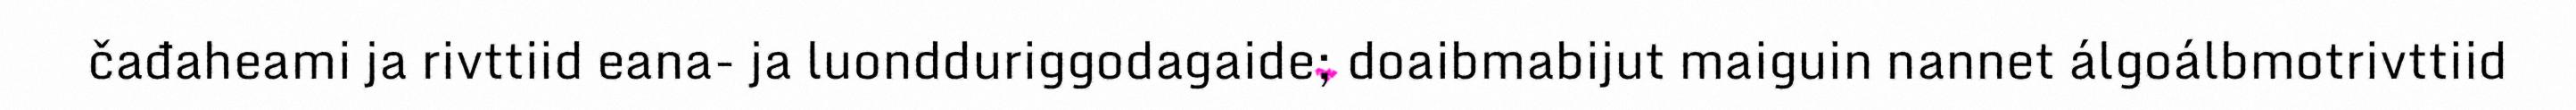
čađaheami ja rivttiid eana- ja luondduriggodagaide; doaibmabijut maiguin nannet álgoálbmotrivttiid